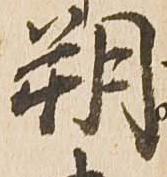
朔